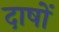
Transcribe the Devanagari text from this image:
दाषों